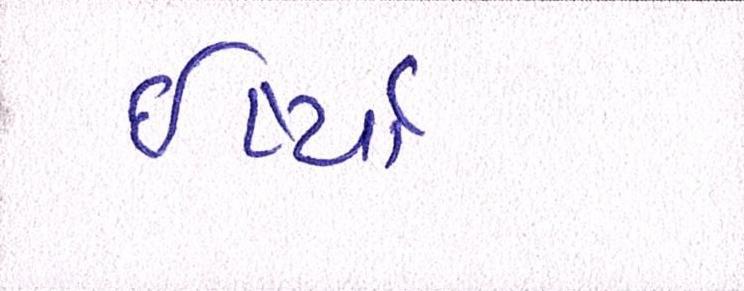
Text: ઈર્ષ્યા